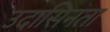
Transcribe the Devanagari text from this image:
उदासिनता